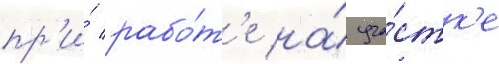
пр'и́ рабо́т'е на́ уча́стк'е